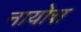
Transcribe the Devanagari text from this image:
नायोस